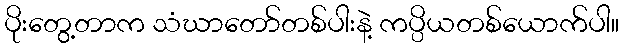
ပိုးတွေ့တာက သံဃာတော်တစ်ပါးနဲ့ ကပ္ပိယတစ်ယောက်ပါ။